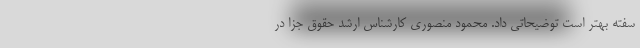
سفته بهتر است توضیحاتی داد. محمود منصوری کارشناس ارشد حقوق جزا در